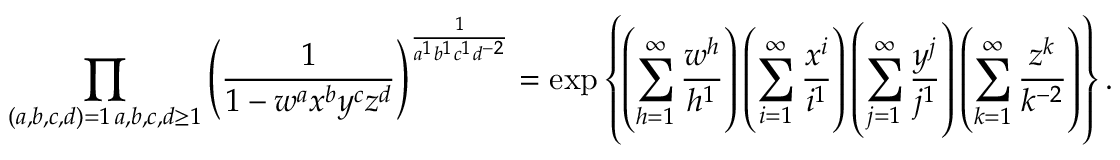
\prod _ { \substack { ( a , b , c , d ) = 1 \, a , b , c , d \geq 1 } } \left( \frac { 1 } { 1 - w ^ { a } x ^ { b } y ^ { c } z ^ { d } } \right) ^ { \frac { 1 } { a ^ { 1 } b ^ { 1 } c ^ { 1 } d ^ { - 2 } } } = \exp \left\{ \left( \sum _ { h = 1 } ^ { \infty } \frac { w ^ { h } } { h ^ { 1 } } \right) \left( \sum _ { i = 1 } ^ { \infty } \frac { x ^ { i } } { i ^ { 1 } } \right) \left( \sum _ { j = 1 } ^ { \infty } \frac { y ^ { j } } { j ^ { 1 } } \right) \left( \sum _ { k = 1 } ^ { \infty } \frac { z ^ { k } } { k ^ { - 2 } } \right) \right\} .